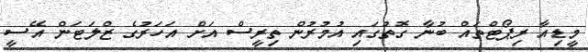
މީޑިއާ ރިޕޯޓްތައް ބުނާ ގޮތުގައި އުމުރުން ތިރީސް އަށް އަހަރުގެ ޒްލަޓަން އޭސީ